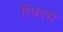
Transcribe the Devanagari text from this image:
रिफास